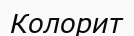
Колорит